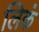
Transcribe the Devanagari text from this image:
लिकं